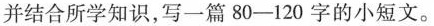
并结合所学知识，写一篇80-120字的小短文。